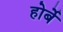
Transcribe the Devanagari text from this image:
होर्बे